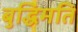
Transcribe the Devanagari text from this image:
बुद्धिमति